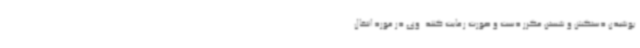
پوشیدن دستکش و شستن مکرر دست و صورت رعایت کنند. وی در مورد انتقال